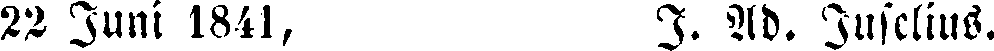
22 Juni 1841, I. Ad. Juselius.